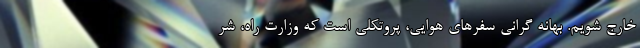
خارج شویم. بهانه گرانی سفرهای هوایی، پروتکلی است که وزارت راه، شر